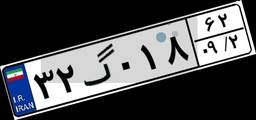
۳۲گ۰۱۸۶۲